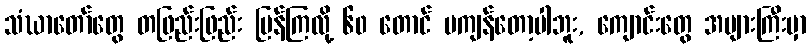
သံဃာတော်တွေ တဖြည်းဖြည်း ပြန်ကြလို့ ၆၀ တောင် မကျန်တော့ပါဘူး, ကျောင်းတွေ အများကြီးမှာ